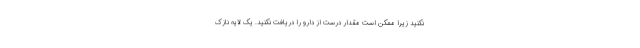
نکنید زیرا ممکن است مقدار درست از دارو را دریافت نکنید. یک لایه نازک